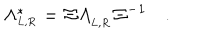
\Lambda _ { _ { L , R } } ^ { \ast } = \mit { \Xi } \Lambda _ { _ { L , R } } \mit { \Xi } ^ { - 1 } \quad .